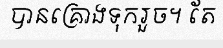
បានគ្រោងទុករួច។ តែ